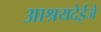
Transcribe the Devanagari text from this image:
आश्रयदेईजे